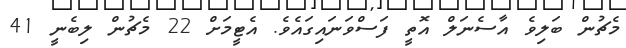
މެޗުން ބަލިވެ އާސެނަލް އޮތީ ފަސްވަނައިގައެވެ. އެޓީމަށް 22 މެޗުން ލިބެނީ 41